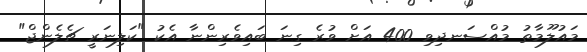
މައުލޫމާތު މުއްސަނދިވި 400 އަށް ވުރެ ގިނަ ބައިވެރިންނާ އެކު "ކަލިނަރީ ޗެލެންޖް"